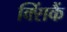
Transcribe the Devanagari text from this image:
क्सिंकैं